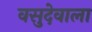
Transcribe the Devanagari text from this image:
वसुदेवाला